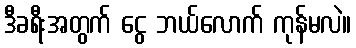
ဒီခရီးအတွက် ငွေ ဘယ်လောက် ကုန်မလဲ။